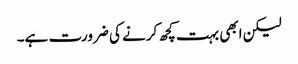
لیکن ابھی بہت کچھ کرنے کی ضرورت ہے۔